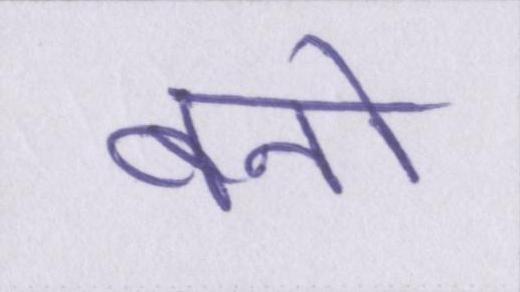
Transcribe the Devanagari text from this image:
बनो